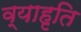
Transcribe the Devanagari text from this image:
व्याहृति